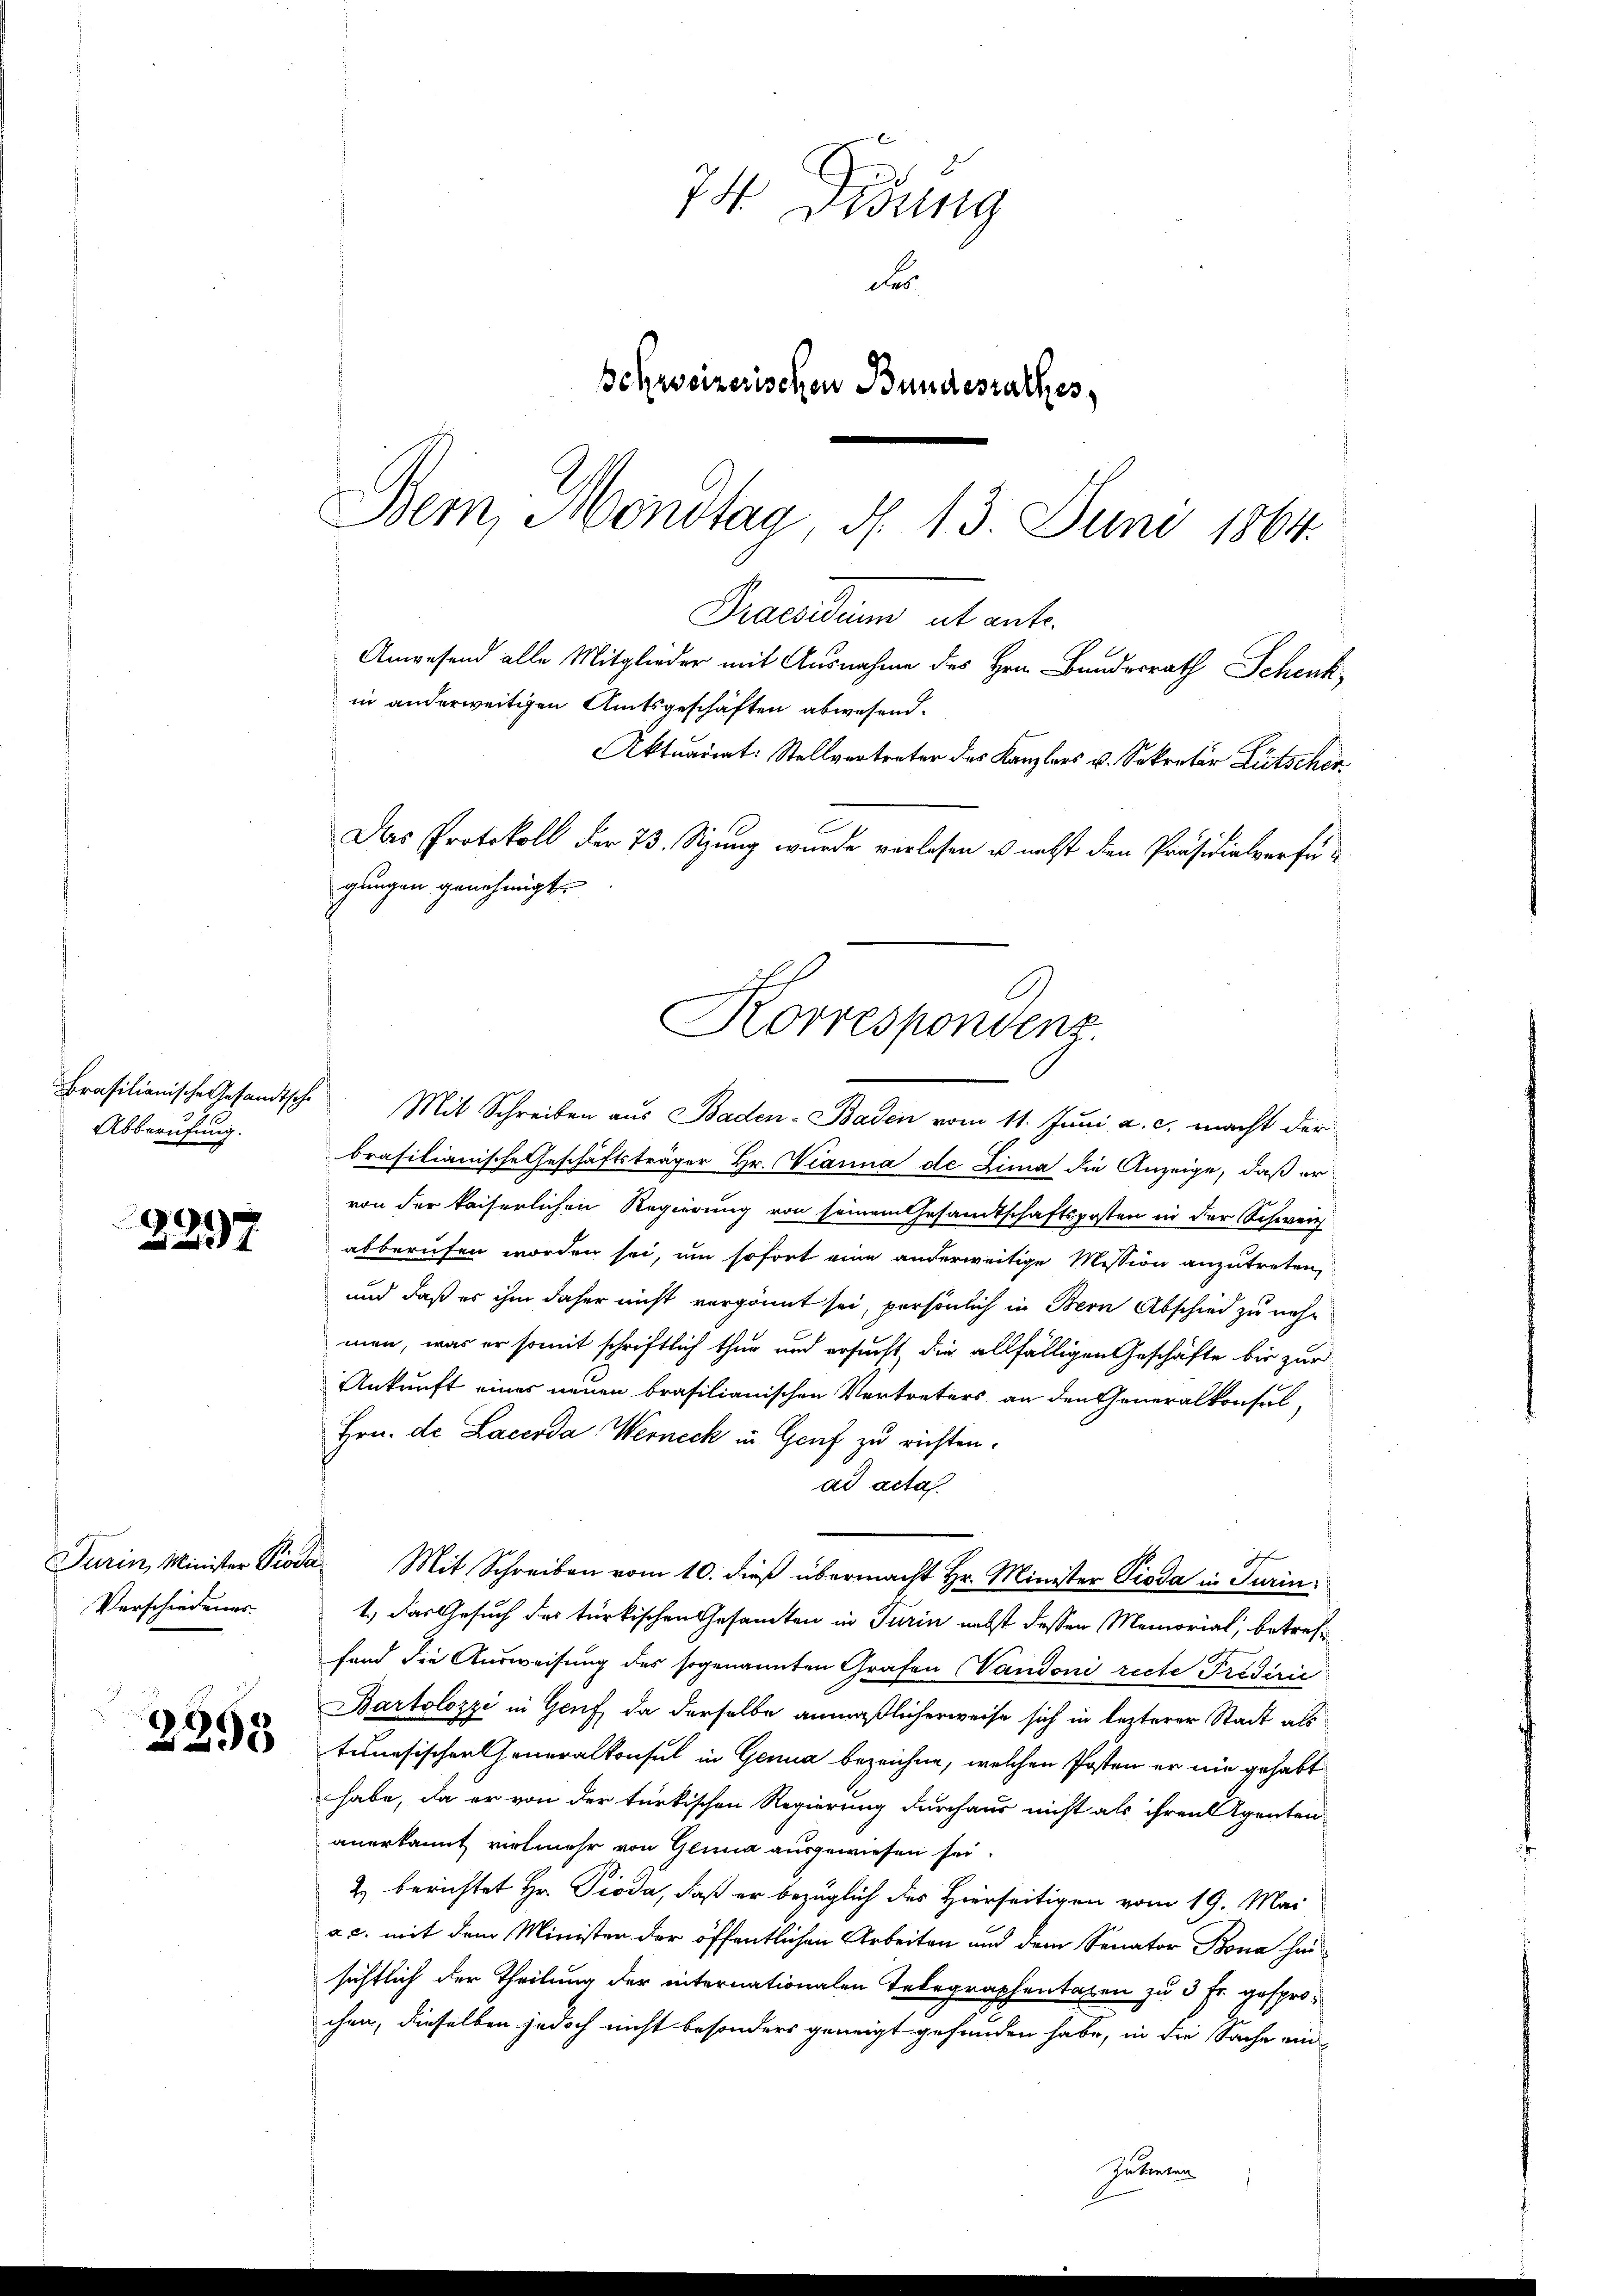
Brasilianische Gesandtsch
Abberufung.

¬
7

Turin, Minister Pisi
Verschiedenes.

2398

74. Didung
d
Schweizerischen Bundesrathes,
Bem, Mondtag d. 13. Juni 1864

Praesidium ut ante.
Anwesend alle Mitglieder mit Ausnahme des Hrn. Bundesrath Schenk
in anderweitigen Amtsgeschäften abwesend.
Aktuariat: Stellvertreter des Kanzlers u. Sekretär Lütscher
Das Protokoll der 73. Sitzung wurde verlesen u. nechst den Präsidialverfügungen genehmigt.
Korrespondenz.

Mit Schreiben aus Baden- Baden vom 11. Juni a. c. macht der
brasilianische Geschäftsträger Hr. Vianna de Zima die Anzeige, daß er
von der kaiserlichen Regierung von seinem Gesandtschaftsposten in der Schweiz
abberufen worden sei, um sofort eine anderweitige Mission anzutreten,
und daß es ihm daher nicht vergönnt sei, persönlich in Bern Abschied zu nehmen, was er somit schriftlich thur und ersucht, die allfälligen Geschäfte bis zur
Ankunft eines neuen brasilianischen Vertreters an den Generalkonsul-
Hrn. de Lacerda Werneck in Genf zu richten.
ad acta
 Mit Schreiben vom 10. dieß übermacht Hr. Minister Pioda in Turin
1.) Das Gesuch des türkischen Gesamten in Turin nebst dessen Memorial, betreffand die Ausweisung des sogenannten Grafen Vandoni recte Trideric
Bartolozzi in Genf, da derselbe anmaßlicherweise sich in lezterer Stadt als
tunesischer Generalkonsul in Genua bezeichne, welchen Posten er nie gehabt
habe, da er von der türkischen Regierung durchaus nicht als ihren Agenten-
anerkannt vielmehr von Glina ausgewiesen sei.
2) berichtet Hr. Pioda, daß er bezüglich des Hierseitigen vom 19. Mai
a c. mit dem Ministen der öffentlichen Arbeiten und dem Senator Bona han-
sichtlich der Theilung der internationalen Telegraphentaren zu 5 Fr. gesprochen, dieselben jedoch nicht besonders geneigt gefunden habe, in die Sache ein
Zutreten
1